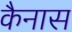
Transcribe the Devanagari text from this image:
कैनास